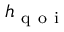
h _ { \mathrm { ~ q ~ o ~ i ~ } }